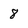
Character: 8